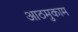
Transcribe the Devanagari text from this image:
आठमुकाम